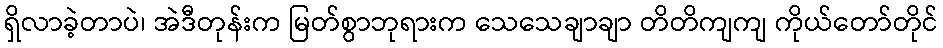
ရှိလာခဲ့တာပဲ၊ အဲဒီတုန်းက မြတ်စွာဘုရားက သေသေချာချာ တိတိကျကျ ကိုယ်တော်တိုင်